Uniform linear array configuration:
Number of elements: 16
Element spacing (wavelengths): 0.5
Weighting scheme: blackman
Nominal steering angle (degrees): -45
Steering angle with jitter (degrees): -44.628
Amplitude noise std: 0.05
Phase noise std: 0.05

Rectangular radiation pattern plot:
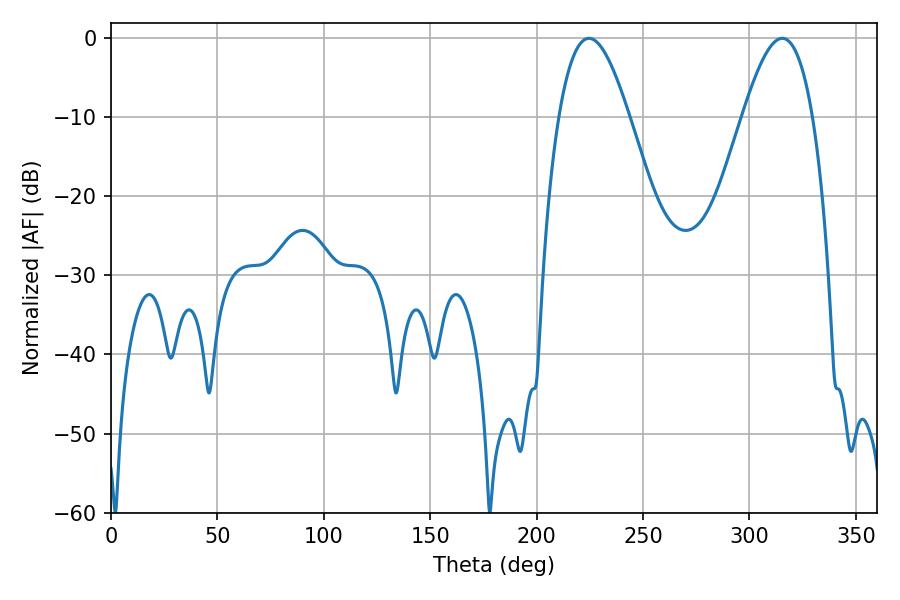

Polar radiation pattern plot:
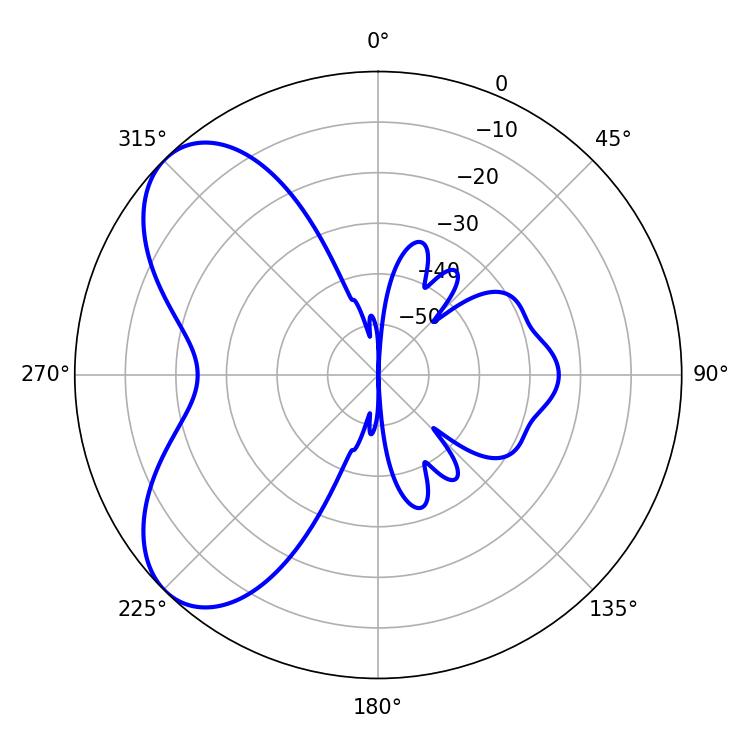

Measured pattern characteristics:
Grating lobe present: FALSE
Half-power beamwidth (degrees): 17.82
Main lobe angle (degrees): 224.64